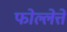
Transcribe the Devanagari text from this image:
फोल्लेत्ते